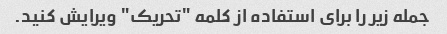
جمله زیر را برای استفاده از کلمه "تحریک" ویرایش کنید.